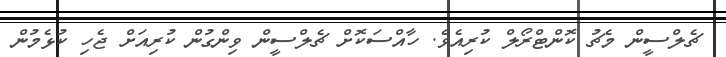
ޗެލްސީން މެޗު ކޮންޓްރޯލް ކުރިއެވެ. ހާއްސަކޮށް ޗެލްސީން ވިންގުން ކުރިއަށް ޖެހި ކުޅެމުން